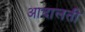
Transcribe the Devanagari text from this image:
आदालती